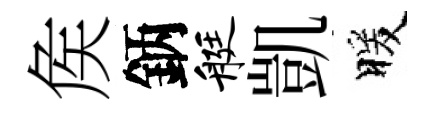
矦鈵艇凱暖